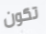
تكون